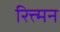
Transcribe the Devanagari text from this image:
रित्त्मन